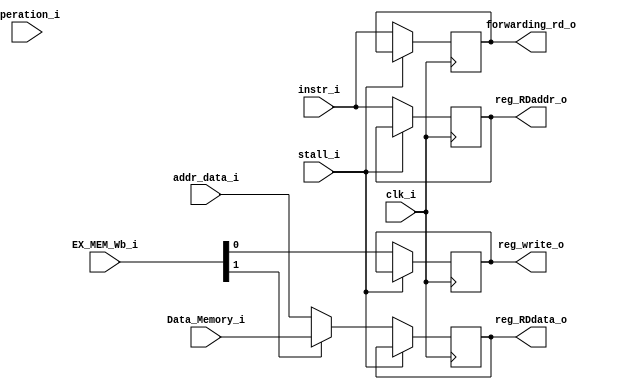
module MEM_WB(
    clk_i,
    EX_MEM_Wb_i,
    Data_Memory_i,
    addr_data_i,
    instr_i,
    operation_i,
    reg_write_o,  //register control signal
    reg_RDaddr_o,  //register address 
    reg_RDdata_o,  //register data
    forwarding_rd_o,   //forwarding register data
    stall_i
);

input           clk_i;
input           stall_i;
input   [1:0]   EX_MEM_Wb_i;
input	[31:0]	Data_Memory_i, addr_data_i;
input	[3:0]	operation_i;
input   [4:0]  instr_i;
output         reg_write_o;
output  [4:0]  reg_RDaddr_o; 
output  [31:0] reg_RDdata_o;
output  [4:0]  forwarding_rd_o;
//reg     [31:0]  tmp_reg_RDaddr_o;

//reg     [31:0] tmp_reg_RDdata_o;
reg            reg_write_o;
reg     [4:0]  reg_RDaddr_o;
reg     [4:0]  forwarding_rd_o; 
reg     [31:0] reg_RDdata_o;

//assign reg_RDdata_o = tmp_reg_RDdata_o;
//assign reg_write_o = EX_MEM_Wb_i[0];
initial begin
    reg_write_o <= 0;
    reg_RDaddr_o <= 0;
    forwarding_rd_o <= 0;
    reg_RDdata_o <= 0;
end

always @(posedge clk_i) begin

    if (stall_i) begin
    end
    else begin
        if (EX_MEM_Wb_i[1] == 1'b1) begin
            reg_RDdata_o <= Data_Memory_i;
        end
        else begin
            reg_RDdata_o <= addr_data_i;
        end

        reg_write_o <= EX_MEM_Wb_i[0];
        reg_RDaddr_o <= instr_i;
        forwarding_rd_o <= instr_i; 
    end
end

//assign  reg_RDaddr_o = instr_i;
//assign  forwarding_rd_o = instr_i;
//assign reg_RDdata_o = tmp_reg_RDdata_o;



endmodule